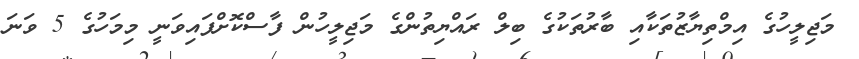
މަޖިލީހުގެ އިމްތިޔާޒުތަކާއި ބާރުތަކުގެ ބިލް ރައްޔިތުންގެ މަޖިލީހުން ފާސްކޮށްފައިވަނީ މިމަހުގެ 5 ވަނަ